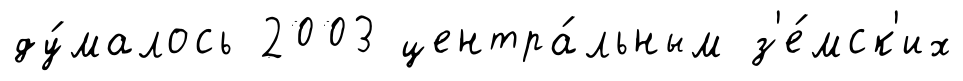
ду́малось 2003 центра́льным з'е́мск'их